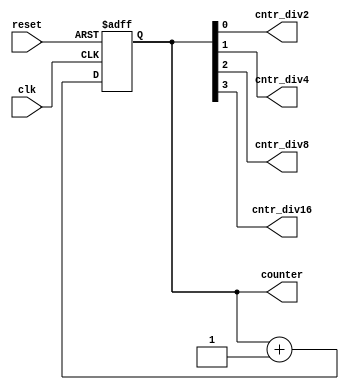
module clock_divider(
  input clk,
  input reset,
  
  // Stores a number between 0 and 15
  output reg [3:0] counter,
  
  /* For outputting each bit in counter.
   * Mainly for debugging purposes.
   */
  output cntr_div2,  //1st bit, rightmost/LSB
  output cntr_div4,  //2nd bit
  output cntr_div8,  //3rd bit
  output cntr_div16  //4th bit, leftmost/MSB
);
  
  always @(posedge clk or posedge reset)
  begin
    if (reset)
      counter <= 0;
    else
      counter <= counter + 1;
  end
  
  assign cntr_div2 = counter[0];
  assign cntr_div4 = counter[1];
  assign cntr_div8 = counter[2];
  assign cntr_div16 = counter[3];
  
endmodule